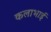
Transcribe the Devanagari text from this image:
कलाभाई